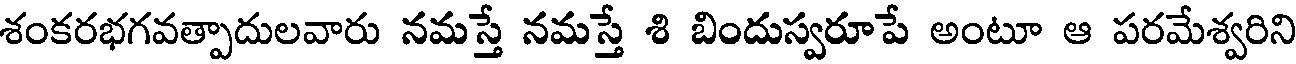
శంకరభగవత్పాదులవారు నమస్తే నమస్తే శి బిందుస్వరూపే అంటూ ఆ పరమేశ్వరిని